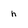
Character: h